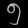
Digit: ၅